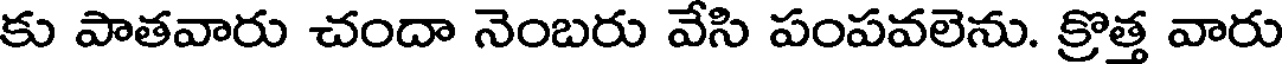
కు పాతవారు చందా నెంబరు వేసి పంపవలెను. క్రొత్త వారు